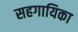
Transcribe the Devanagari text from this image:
सहगायिका